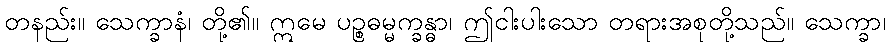
တနည်း။ သေက္ခာနံ၊ တို့၏။ ဣမေ ပဉ္စဓမ္မက္ခန္ဓာ၊ ဤငါးပါးသော တရားအစုတို့သည်။ သေက္ခာ၊